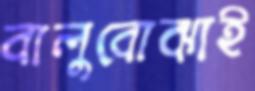
বালুবোঝাই